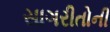
સાગરીતોની